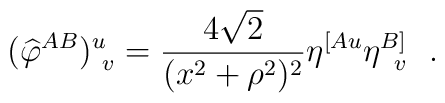
({\widehat\varphi}^{AB})^u_{~v}={4\sqrt{2}\over (x^2+\rho^2)^2}\eta^{[Au}\eta^{B]}_{~\,v}~~.